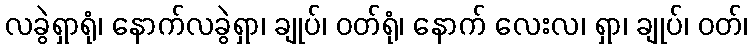
လခွဲရှာရုံ၊ နောက်လခွဲရှာ၊ ချုပ်၊ ဝတ်ရုံ၊ နောက် လေးလ၊ ရှာ၊ ချုပ်၊ ဝတ်၊